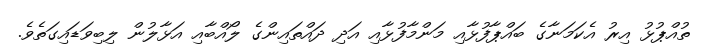
ތުއްޕުޅު އިރު އެކަމަނާގެ ބައްޕާފުޅާއި މަންމާފުޅާއި އަދި ދައްތައިންގެ ލޯއްބާއި އަޅާލުން ލިބިވަޑައިގަތެވެ.